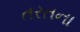
તરતના